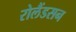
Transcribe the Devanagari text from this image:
रोलैंडसन